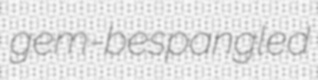
gem-bespangled